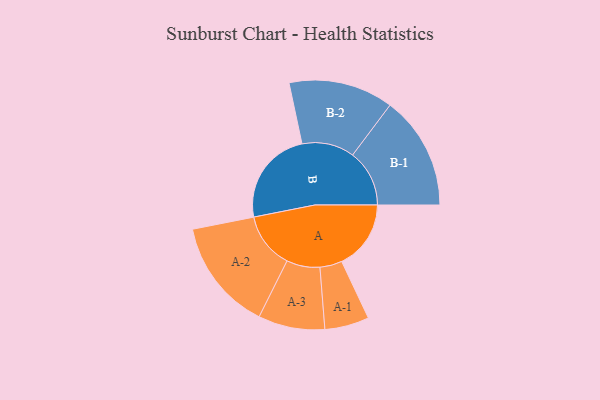
{"axis": {"x": "Segment", "y": "Value"}, "legend": ["", "A", "B"], "data": [{"x": "A", "y": 312, "type": ""}, {"x": "B", "y": 430, "type": ""}, {"x": "A-1", "y": 100, "type": "A"}, {"x": "A-2", "y": 252, "type": "A"}, {"x": "A-3", "y": 150, "type": "A"}, {"x": "B-1", "y": 256, "type": "B"}, {"x": "B-2", "y": 236, "type": "B"}]}